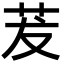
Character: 茇